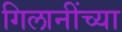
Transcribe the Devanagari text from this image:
गिलानींच्या